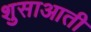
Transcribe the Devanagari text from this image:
शुसाआती